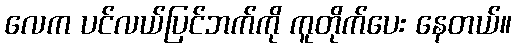
လေက ပင်လယ်ပြင်ဘက်ကို ကူတိုက်ပေး နေတယ်။